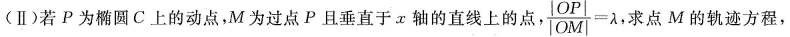
(Ⅱ)若Р为椭圆C上的动点，M为过点P且垂直于α轴的直线上的点， $$\frac{|OP|}{|OM|}= \lambda$$ 求点M的轨迹方程，